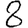
Digit: 8